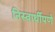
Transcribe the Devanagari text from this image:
निस्वार्थीपणे